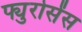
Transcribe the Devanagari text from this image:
फ्युरोसेंस